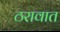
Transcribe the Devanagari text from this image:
ठरावात